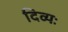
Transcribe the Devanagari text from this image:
दिव्यः